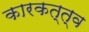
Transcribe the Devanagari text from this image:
कारकत्त्व